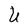
Character: U